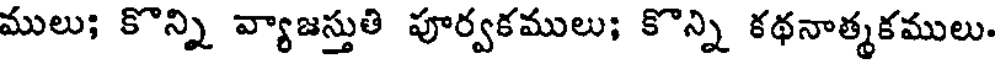
ములు; కొన్ని వ్యాజస్తుతి పూర్వకములు; కొన్ని కథనాత్మకములు.